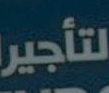
لتأجير